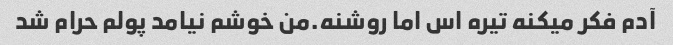
آدم فکر میکنه تیره اس اما روشنه.من خوشم نیامد پولم حرام شد